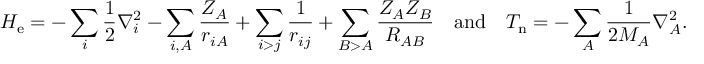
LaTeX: H _ { \mathrm { e } } = - \sum _ { i } { { \frac { 1 } { 2 } } \nabla _ { i } ^ { 2 } } - \sum _ { i , A } { \frac { Z _ { A } } { r _ { i A } } } + \sum _ { i > j } { \frac { 1 } { r _ { i j } } } + \sum _ { B > A } { \frac { Z _ { A } Z _ { B } } { R _ { A B } } } \quad { \mathrm { a n d } } \quad T _ { \mathrm { n } } = - \sum _ { A } { { \frac { 1 } { 2 M _ { A } } } \nabla _ { A } ^ { 2 } } .